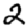
Digit: 2